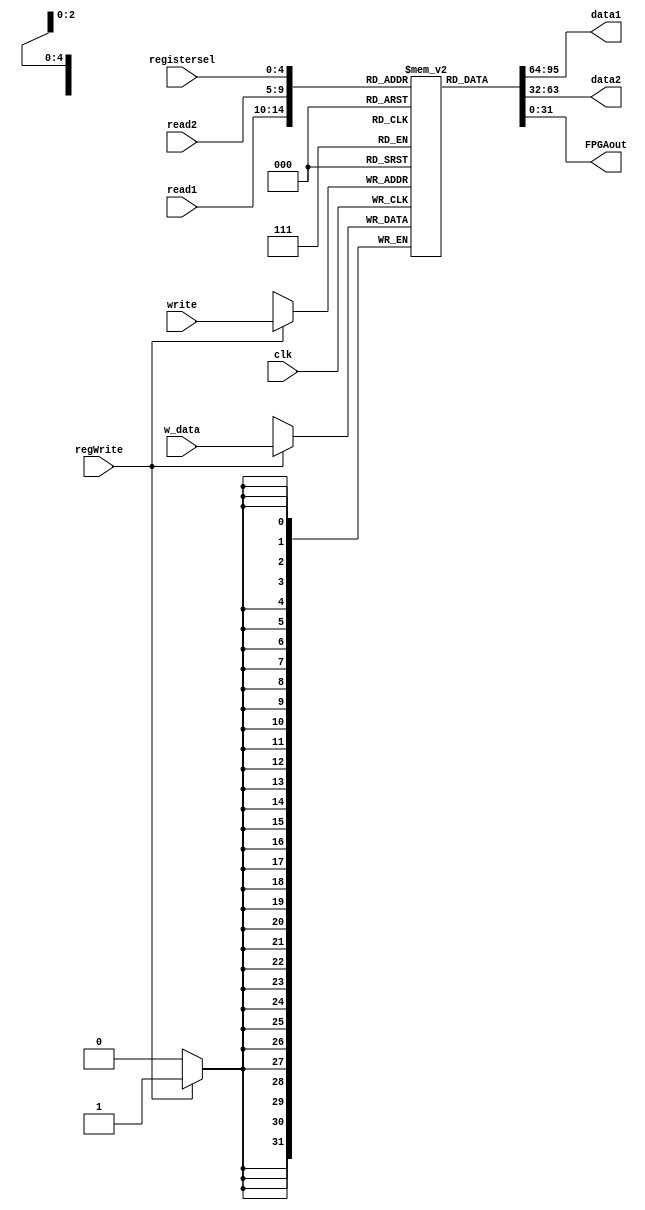
`timescale 1ns / 1ps
//////////////////////////////////////////////////////////////////////////////////
// 
// Design Name: register
// Module Name: register
// Project Name: project 2
// Target Devices: FPGA board
// Description: Read data from and write data to the register 
// 
// Dependencies: read1,read2,write,w_data,regWrite
// 
// Revision:
// Revision 0.01 - File Created
// Additional Comments:
// 
//////////////////////////////////////////////////////////////////////////////////


module register(read1,read2,write,w_data,data1,data2,regWrite,clk,registersel, FPGAout);
input [4:0] read1,read2,write, registersel;
input [31:0] w_data;
input regWrite,clk;
output [31:0] data1,data2,FPGAout;
reg[31:0] data1,data2;
reg[31:0] register[31:0], FPGAout;
initial 
begin 
       register[0]=32'b0;
       register[1]=32'b0;
       register[2]=32'b0;
       register[3]=32'b0;
       register[4]=32'b0;
       register[5]=32'b0;
       register[6]=32'b0;
       register[7]=32'b0;
       register[8]=32'b0;
       register[9]=32'b0;
       register[10]=32'b0;
       register[11]=32'b0;
       register[12]=32'b0;
       register[13]=32'b0;
       register[14]=32'b0;
       register[15]=32'b0;
       register[16]=32'b0;
       register[17]=32'b0;
       register[18]=32'b0;
       register[19]=32'b0;
       register[20]=32'b0;
       register[21]=32'b0;
       register[22]=32'b0;
       register[23]=32'b0;
       register[24]=32'b0;
       register[25]=32'b0;
       register[26]=32'b0;
       register[27]=32'b0;
       register[28]=32'b0;
       register[29]=32'b0;
       register[30]=32'b0;
       register[31]=32'b0;
end

always @(read1,read2,write,w_data,regWrite)
begin
  data1=register[read1];
  data2=register[read2];
end
always@(*) begin
FPGAout=register[registersel];
end

always@(negedge clk)
begin
  if (regWrite==1)
  register[write]=w_data;
end

always @(posedge clk)
begin 
  $display("[$s0]=%h,[$s1]=%h,[$s2]=%h",register[16],register[17],register[18]);
  $display("[$s3]=%h,[$s4]=%h,[$s5]=%h",register[19],register[20],register[21]);
  $display("[$s6]=%h,[$s7]=%h,[$t0]=%h",register[22],register[23],register[8]);
  $display("[$t1]=%h,[$t2]=%h,[$t3]=%h",register[9],register[10],register[11]);
  $display("[$t4]=%h,[$t5]=%h,[$t6]=%h",register[12],register[13],register[14]);
  $display("[$t7]=%h,[$t8]=%h,[$t9]=%h",register[15],register[24],register[25]);
end
endmodule